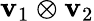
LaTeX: \mathbf{v}_{1}\otimes\mathbf{v}_{2}